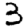
Digit: 3